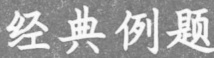
经典例题